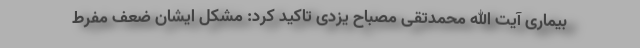
بیماری آیت الله محمدتقی مصباح یزدی تاکید کرد: مشکل ایشان ضعف مفرط